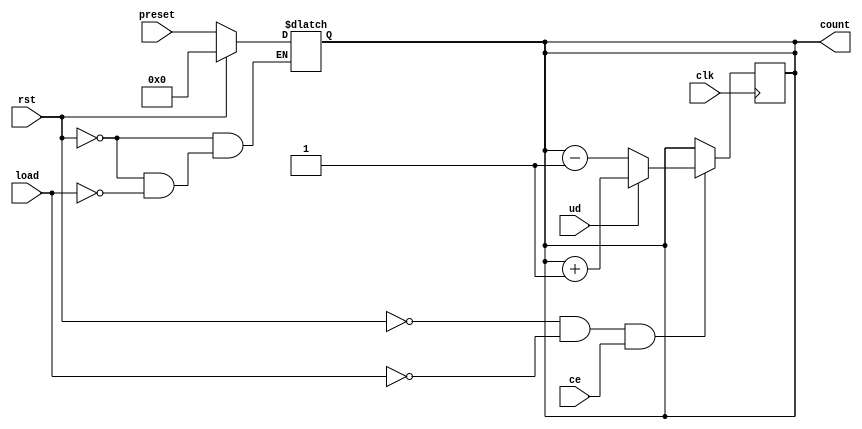
module async_load_counter (
    input wire clk,               // Clock signal
    input wire rst,               // Asynchronous reset
    input wire load,              // Load signal
    input wire ce,                // Count enable
    input wire ud,                // Up/Down control
    input wire [7:0] preset,      // Preset value (8-bit for this example)
    output reg [7:0] count        // Counter value (8-bit)
);

    // Asynchronous reset and load functionality
    always @(*) begin
        if (rst) begin
            count = 8'b00000000;   // Reset counter to 0
        end else if (load) begin
            count = preset;        // Load preset value
        end
    end

    // Synchronous counting functionality
    always @(posedge clk) begin
        if (!rst && !load && ce) begin
            if (ud) begin
                count <= count + 1; // Increment counter
            end else begin
                count <= count - 1; // Decrement counter
            end
        end
    end

endmodule